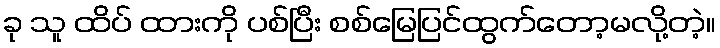
ခု သူ ထိပ် ထားကို ပစ်ပြီး စစ်မြေပြင်ထွက်တော့မလို့တဲ့။